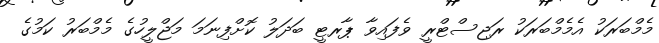
މެމްބަރަކު އެމެމްބަރަކު ރަޖިސްޓްރީ ވެފައިވާ ޕާރޓީ ބަދަލު ކޮށްފިނަމަ މަޖްލީހުގެ މެމްބަރު ކަމުގެ